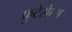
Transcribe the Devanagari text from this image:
फ्रुटेसेन्स